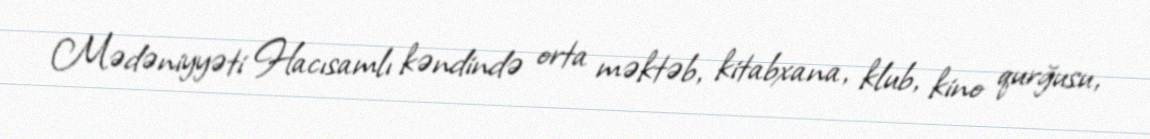
Mədəniyyəti Hacısamlı kəndində orta məktəb, kitabxana, klub, kino qurğusu,